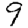
Digit: 9